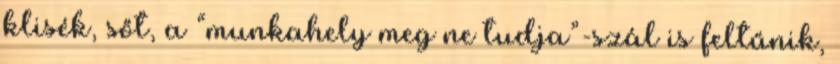
klisék, sőt, a “munkahely meg ne tudja”-szál is feltűnik,